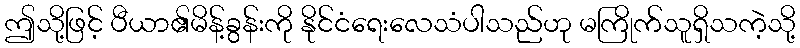
ဤသို့ဖြင့် ပီယာ၏မိန့်ခွန်းကို နိုင်ငံရေးလေသံပါသည်ဟု မကြိုက်သူရှိသကဲ့သို့